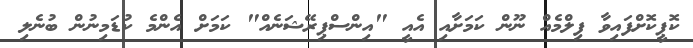
ކޮޕީކޮށްފައިވާ ފިލްމެއް ނޫން ކަމަށާއި އެއީ "އިންސްޕިރޭޝަނެއް" ކަމަށް އެންމެ ކުޑަމިނުން ބުނެލި